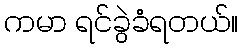
ကမာ ရင်ခွဲခံရတယ်။